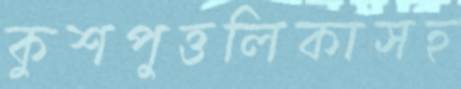
কুশপুত্তলিকাসহ